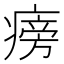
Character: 𤹔